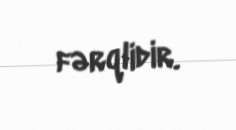
fərqlidir.